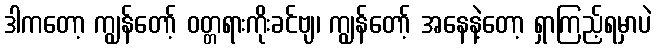
ဒါကတော့ ကျွန်တော့် ဝတ္တရားကိုးခင်ဗျ၊ ကျွန်တော့် အနေနဲ့တော့ ရှာကြည့်ရမှာပဲ